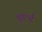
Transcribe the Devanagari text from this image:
भूगर्भं